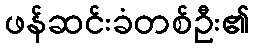
ဖန်ဆင်းခံတစ်ဦး၏